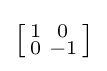
{\bigl [}{\begin{smallmatrix}1&0\\0&-1\end{smallmatrix}}{\bigr ]}